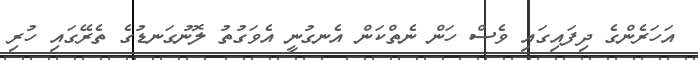
އަހަރެންގެ ދިފައިގައި ވެސް ހަން ނެތްކަން އެނގުނީ އެވަގުތު ލޮނުގަނޑުގެ ތެރޭގައި ހުރި